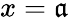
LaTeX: x=\mathfrak{a}